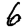
Digit: 6